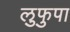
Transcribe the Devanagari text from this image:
लुफुपा